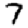
Digit: 7